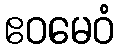
ဧဝမေဝံ